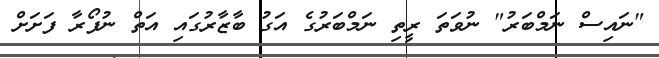
"ނައިސް ނަމްބަރު" ނުވަތަ ރީތި ނަމްބަރުގެ އަގު ބާޒާރުގައި އަތް ނުފޯރާ ފަށަށް